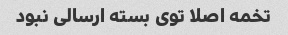
تخمه اصلا توی بسته ارسالی نبود